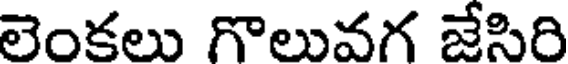
లెంకలు గొలువగ జేసిరి